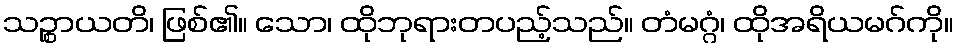
သဉ္စာယတိ၊ ဖြစ်၏။ သော၊ ထိုဘုရားတပည့်သည်။ တံမဂ္ဂံ၊ ထိုအရိယမဂ်ကို။